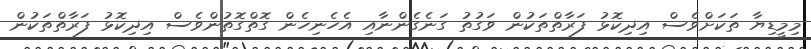
މިމީޑިޔާ ތަކަށްވެސް އިދިކޮޅު ފަރާތްތަކުން ވަގުތު ގަނެގެންނާއި އެހެނިހެން ގޮތްގޮތުންވެސް އިދިކޮޅު ފަރާތްތަކުން